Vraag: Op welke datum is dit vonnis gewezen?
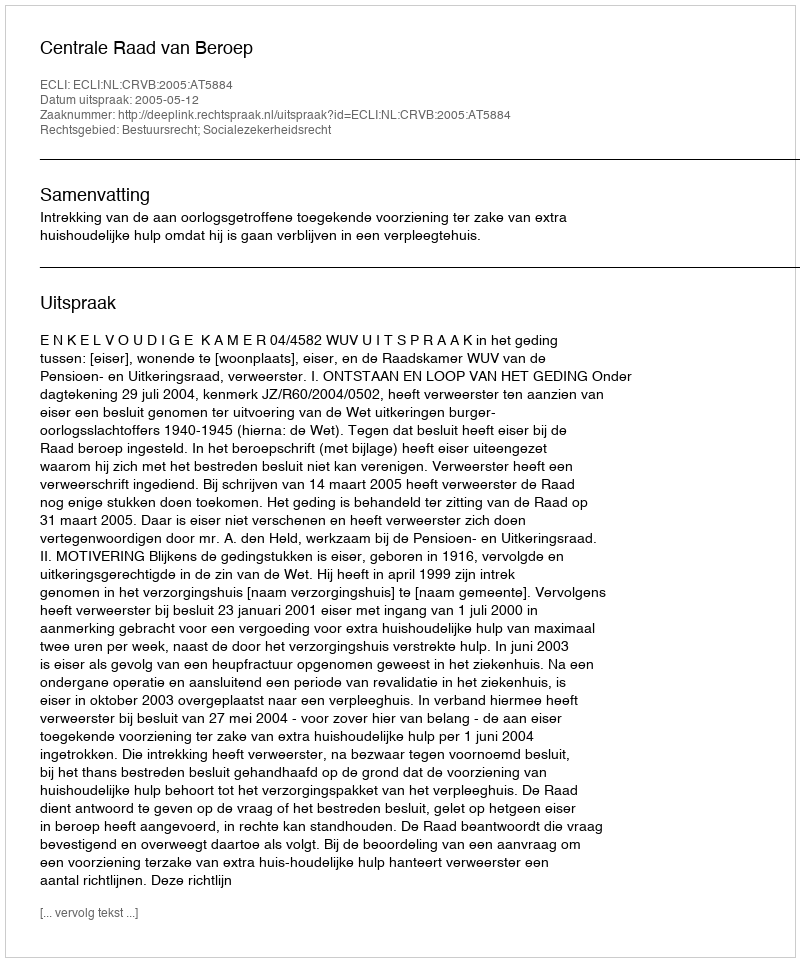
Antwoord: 2005-05-12